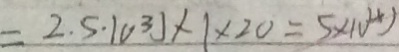
= 2 . 5 \cdot 1 0 ^ { 3 } J \times 1 \times 2 0 = 5 \times 1 0 ^ { 4 } )